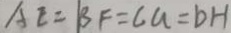
A E = B F = C a = b H